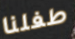
طفلنا